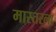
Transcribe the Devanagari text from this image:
मास्तरला